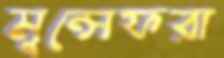
মুন্সেফরা